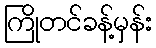
ကြိုတင်ခန့်မှန်း